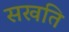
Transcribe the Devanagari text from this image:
सखति